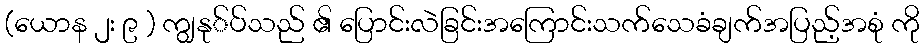
(ယောန ၂း ၉ ) ကျွနု်ပ်သည် ၏ ပြောင်းလဲခြင်းအကြောင်းသက်သေခံချက်အပြည့်အစုံ ကို